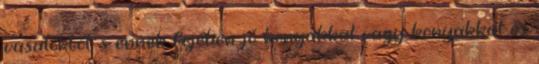
vasalóktól, s ennek fejében jó konyakkal vagy konyakkal és